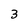
Character: 3